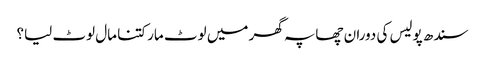
سندھ پولیس کی دوران چھاپہ گھر میں لوٹ مار کتنا مال لوٹ لیا؟